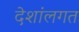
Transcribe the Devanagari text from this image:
देशांलगत